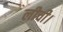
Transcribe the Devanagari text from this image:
लीची।